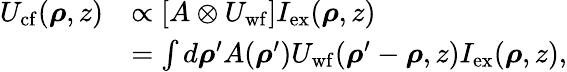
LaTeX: \begin{array}{rl}{U_{\mathrm{cf}}(\boldsymbol{\rho},z)}&{\propto\left[A\otimes U_{\mathrm{wf}}\right]I_{\mathrm{ex}}(\boldsymbol{\rho},z)}\\ &{=\int d\boldsymbol{\rho}^{\prime}A(\boldsymbol{\rho}^{\prime})U_{\mathrm{wf}}(\boldsymbol{\rho}^{\prime}-\boldsymbol{\rho},z)I_{\mathrm{ex}}(\boldsymbol{\rho},z),}\end{array}